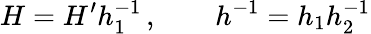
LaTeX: H=H^{\prime}h_{1}^{-1}\, ,\qquad h^{-1}=h_{1}h_{2}^{-1}